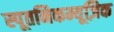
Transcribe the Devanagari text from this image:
स्पूतनिकम्यूज़िक